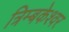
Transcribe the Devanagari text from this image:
त्रिम्बकेश्वर